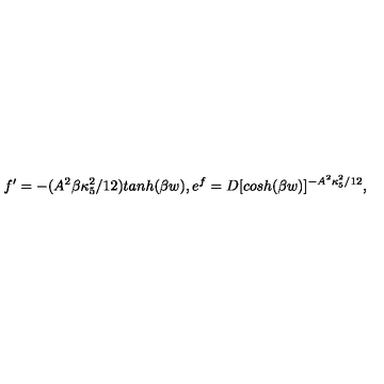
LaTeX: f ^ { \prime } = - ( A ^ { 2 } \beta \kappa _ { 5 } ^ { 2 } / 1 2 ) t a n h ( \beta w ) , e ^ { f } = D [ c o s h ( \beta w ) ] ^ { - A ^ { 2 } \kappa _ { 5 } ^ { 2 } / 1 2 } ,